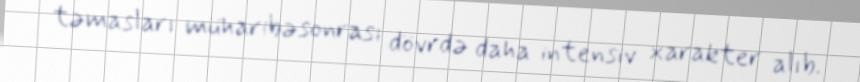
təmasları müharibəsonrası dövrdə daha intensiv xarakter alıb.